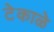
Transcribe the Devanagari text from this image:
टेकाळे